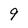
Character: 9